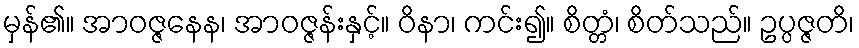
မှန်၏။ အာဝဇ္ဇနေန၊ အာဝဇ္ဇန်းနှင့်။ ဝိနာ၊ ကင်း၍။ စိတ္တံ၊ စိတ်သည်။ ဥပ္ပဇ္ဇတိ၊